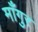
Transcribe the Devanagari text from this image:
माँगुर